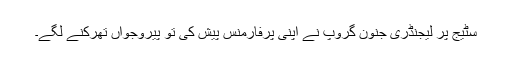
سٹیج پر لیجنڈری جنون گروپ نے اپنی پرفارمنس پیش کی تو پیروجواں تھرکنے لگے۔